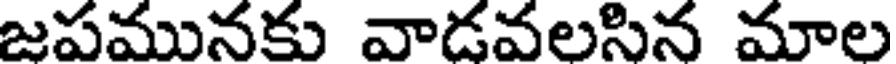
జపమునకు వాడవలసిన మాల